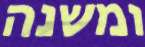
ומשנה